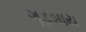
ગૂડબાય